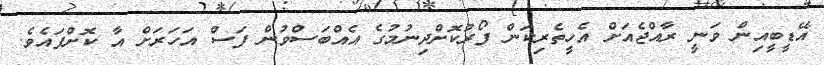
އޭޑީބީއިން ވަނީ ރާއްޖެއަށް އެހީތެރިކަން ފޯރުކޮށްދިނުމުގެ އެއްބަސްވުން ފަސް އަހަރަށް އާ ކޮށްފައެވެ.